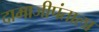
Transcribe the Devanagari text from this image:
दामाजीपंताला